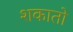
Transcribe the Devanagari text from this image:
शकातो